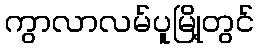
ကွာလာလမ်ပူမြို့တွင်